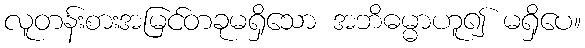
လူတန်းစားအမြင်တခုမရှိသော အဘိဓမ္မာဟူ၍ မရှိပေ။